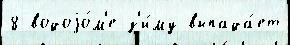
8 водоjо́м'е з'и́му выпада́ет